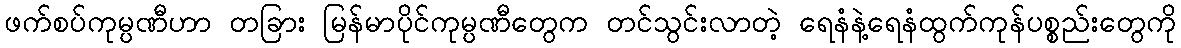
ဖက်စပ်ကုမ္ပဏီဟာ တခြား မြန်မာပိုင်ကုမ္ပဏီတွေက တင်သွင်းလာတဲ့ ရေနံနဲ့ရေနံထွက်ကုန်ပစ္စည်းတွေကို